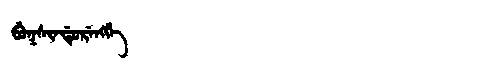
Manchu: ᠪᡠᡴᠰᡳᠨᡩᡠᡵᡝᠩᡤᡝ
Romanization: BUKSINDURENGGE